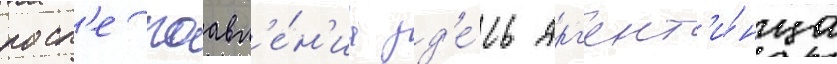
посл'е поавл'е́н'иа зд'е́сь арг'ент'и́нца